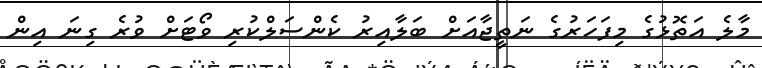
މާލެ އަތޮޅުގެ މިފަހަރުގެ ނަތީޖާއަށް ބަލާއިރު ކެންސަލްކުރި ވޯޓަށް ވުރެ ގިނަ އިން